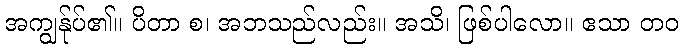
အကျွန်ုပ်၏။ ပိတာ စ၊ အဘသည်လည်း။ အသိ၊ ဖြစ်ပါလော။ ဧသာ တဝ